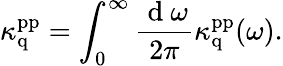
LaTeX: \kappa_{\mathrm{q}}^{\mathrm{pp}}=\int_{0}^{\infty}\frac{\mathrm{~d~}\omega}{2\pi}\kappa_{\mathrm{q}}^{\mathrm{pp}}(\omega).